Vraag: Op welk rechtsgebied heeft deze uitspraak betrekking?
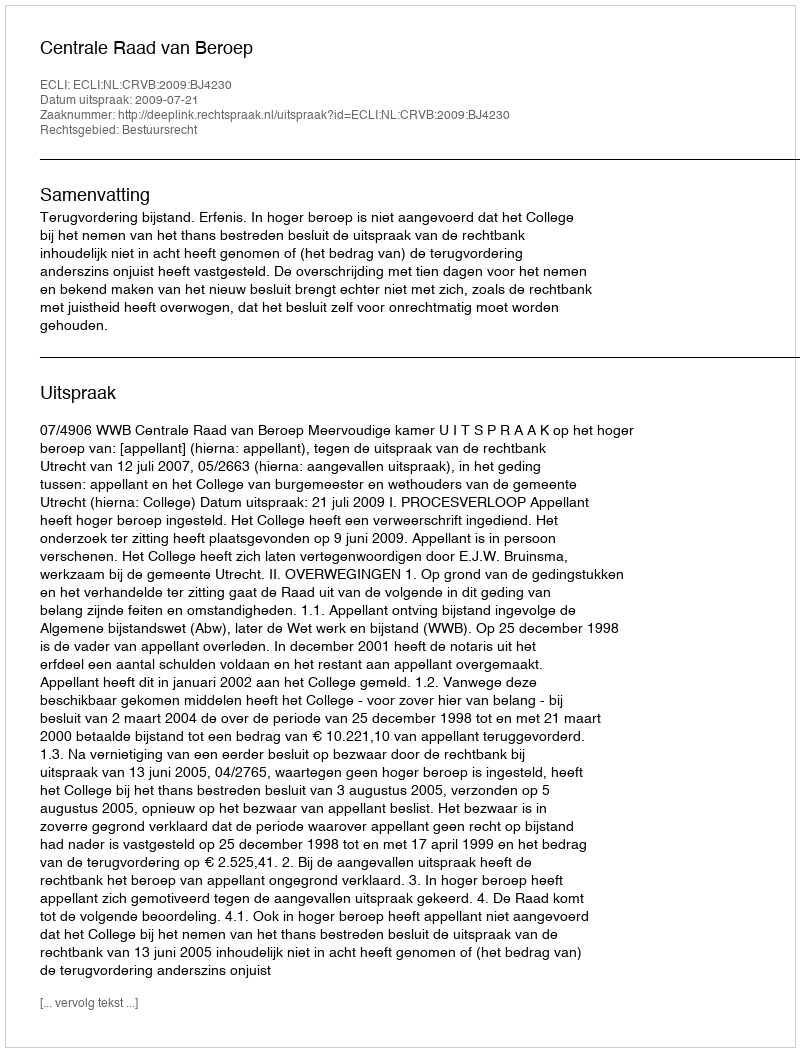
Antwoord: Bestuursrecht